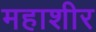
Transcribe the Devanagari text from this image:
महाशीर